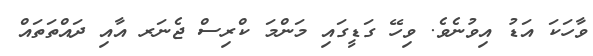
ވާހަކަ އަޑު އިވުނެވެ. ވިހޭ ގަޑީގައި މަންމަ ކްރިސް ޖެނަރ އާއި ދައްތަތައް